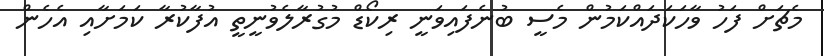
މެޗަށް ފަހު ވާހަކަދައްކަމުން މެސީ ބުނެފައިވަނީ ރިކޯޑް މުގުރާލެވުނީތީ އުފާކުރާ ކަމަށާއި އެހެން